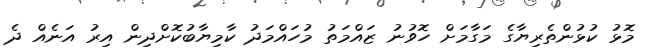
މޮޅު ކުޅުންތެރިޔާގެ މަގާމަށް ހޮވުނު ޒައްމަތު މުހައްމަދު ކާމިޔާބުކޮށްދިން އިރު އަނެއް ދެ